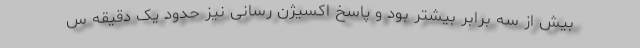
بیش از سه برابر بیشتر بود و پاسخ اکسیژن رسانی نیز حدود یک دقیقه س